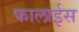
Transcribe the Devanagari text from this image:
फालाईस